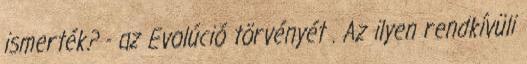
ismerték? - az Evolúció törvényét . Az ilyen rendkívüli